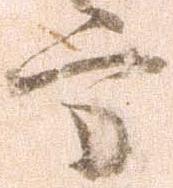
方